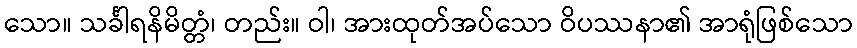
သော။ သင်္ခါရနိမိတ္တံ၊ တည်း။ ဝါ၊ အားထုတ်အပ်သော ဝိပဿနာ၏ အာရုံဖြစ်သော